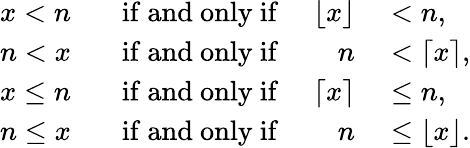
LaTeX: \begin{array}{rlrl}{x<n}&{{}\; \; {\mathrm{~if~and~only~if~}}}&{\lfloor x\rfloor}&{{}<n,}\\ {n<x}&{{}\; \; {\mathrm{~if~and~only~if~}}}&{n}&{{}<\lceil x\rceil,}\\ {x\leq n}&{{}\; \; {\mathrm{~if~and~only~if~}}}&{\lceil x\rceil}&{{}\leq n,}\\ {n\leq x}&{{}\; \; {\mathrm{~if~and~only~if~}}}&{n}&{{}\leq\lfloor x\rfloor.}\end{array}